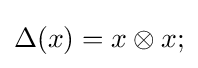
\Delta (x)=x\otimes x;